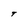
Character: T